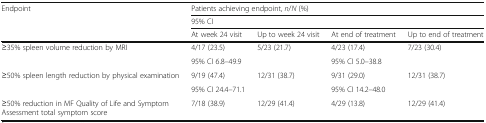
<table><thead><tr><td rowspan="3"><b>Endpoint</b></td><td colspan="4"><b>Patients achieving endpoint, <i>n</i>/<i>N</i> (%)</b></td></tr><tr><td colspan="4"><b>95% CI</b></td></tr><tr><td><b>At week 24 visit</b></td><td><b>Up to week 24 visit</b></td><td><b>At end of treatment</b></td><td><b>Up to end of treatment</b></td></tr></thead><tbody><tr><td rowspan="2">≥35% spleen volume reduction by MRI</td><td>4/17 (23.5)</td><td rowspan="2">5/23 (21.7)</td><td>4/23 (17.4)</td><td rowspan="2">7/23 (30.4)</td></tr><tr><td>95% CI 6.8–49.9</td><td>95% CI 5.0–38.8</td></tr><tr><td rowspan="2">≥50% spleen length reduction by physical examination</td><td>9/19 (47.4)</td><td rowspan="2">12/31 (38.7)</td><td>9/31 (29.0)</td><td rowspan="2">12/31 (38.7)</td></tr><tr><td>95% CI 24.4–71.1</td><td>95% CI 14.2–48.0</td></tr><tr><td>≥50% reduction in MF Quality of Life and Symptom Assessment total symptom score</td><td>7/18 (38.9)</td><td>12/29 (41.4)</td><td>4/29 (13.8)</td><td>12/29 (41.4)</td></tr></tbody></table>